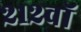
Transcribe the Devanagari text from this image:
२१२वॉ